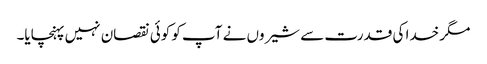
مگر خدا کی قدرت سے شیروں نے آپ کو کوئی نقصان نہیں پہنچایا۔